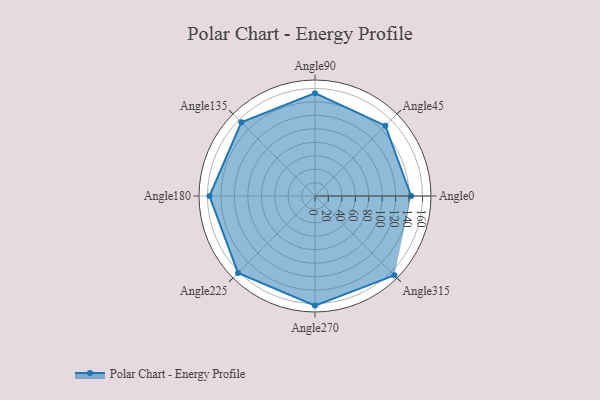
{"axis": {"x": "Angle", "y": "Radius"}, "legend": [""], "data": [{"x": "Angle0", "y": 143.0, "type": ""}, {"x": "Angle45", "y": 148.0, "type": ""}, {"x": "Angle90", "y": 153.0, "type": ""}, {"x": "Angle135", "y": 155.0, "type": ""}, {"x": "Angle180", "y": 157.0, "type": ""}, {"x": "Angle225", "y": 162.0, "type": ""}, {"x": "Angle270", "y": 163.0, "type": ""}, {"x": "Angle315", "y": 167.0, "type": ""}]}